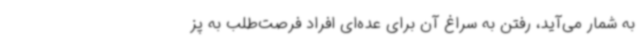
به شمار می‌آید، رفتن به سراغ آن برای عده‌ای افراد فرصت‌طلب به پز